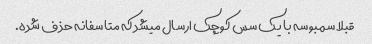
قبلا سمبوسه با یک سس کوچک ارسال میشد که متاسفانه حذف شده.